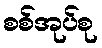
စစ်အုပ်စု